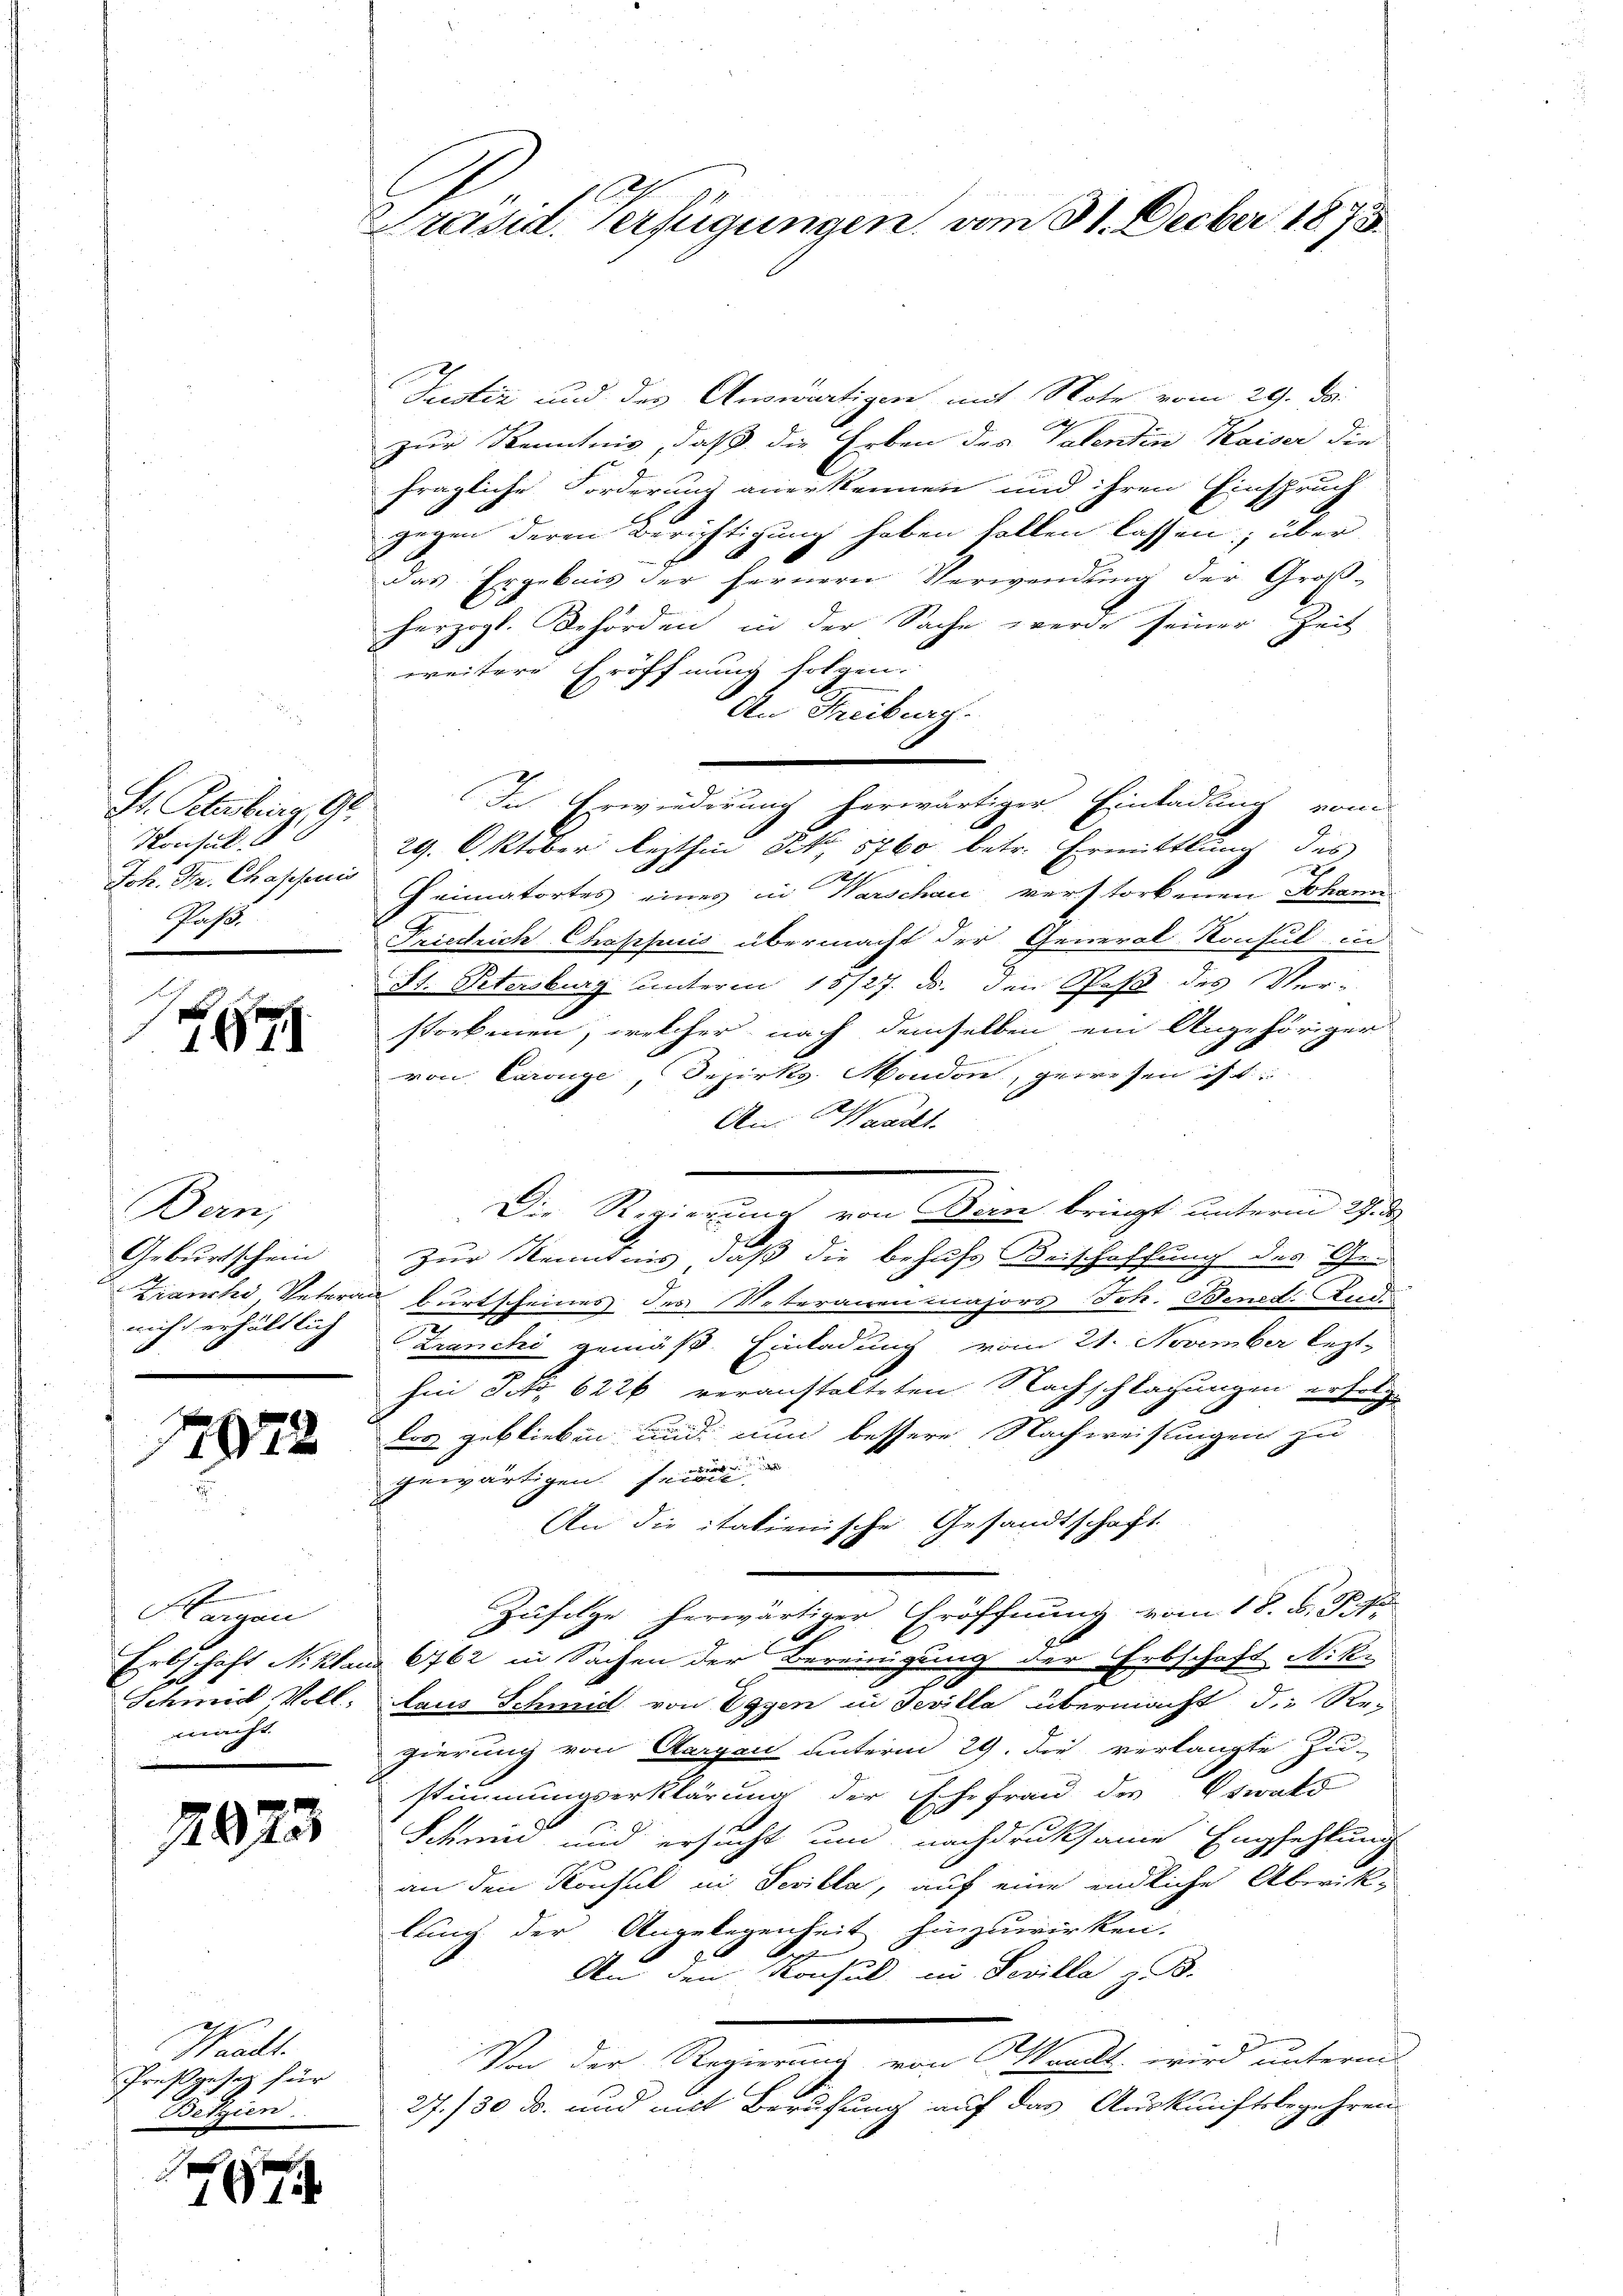
Dr. Klasburg, G.
Konsul
Joh. Hr. Chahfuis
Paß.

8

Bern,
Geburtschein
Franche Untera
wicht erhältlich

1822

Klangen
J
Schmidt Voll
macht.

2873

Waadt.
Preßgesetz für
Belgien

.

Präsid. Verfügungen, vom 31. Decber 1875

Justiz und des Anwärtigen mit Note vom 29. d.
zur Kenntnis, daß die Erben des Valentin Kaiser die
fragliche Forderung anerkennen und ihren Einspruch
gegen deren Berichtigung haben sollen lassen; über
das Ergebnis der fernern Verwendung der Groß-
herzogl. Behörden in der Sache werde seiner Zeit
weitere Eröffnung folgen.
An Freiburg.
In Erwiederung herwärtiger Einladung vom
t
29. Oktober lezthin N. 5760 betr. Ermittlung des
Heimatortes eines in Warschau verstorbenen Johann
Friedrich Capsuis übermacht der General Konsul in
St. Petersburg unterm 15/27. ds. den Paß des Ver-
storbenen, welcher nach demselben ein Angehöriger
von Carouge, Bezirks Mondon, gewesen ist.
An: Waadt
Die Regierung von Deinen bringt unterm 19.
Zur Kenntnis, daß die behufs Beischaffung des Ge-
burtscheines des Veterarrenmajors Joh. Bened. And
.
Zranchi gemäß Einladung vom 21. November lezthin S. 6226 veranstalteten Nachschlagungen erfolgder geblieben und nun bessere Nachweisungen zu
gewärtigen seine
An die italienische Gesandtschaft
Zufolge herwärtiger Eröffnung vom 18. B. P. 1
Erbschaft N. kland 6762 in Sachen der Bereinigung der Erbschaft Nik.
laus Schmidt von Eggen in Tevilla übermacht die Regierung von Aargau unterm 29. die verlangte Zu-
stimmungserklärung der Ehefrau des Oswald
Schen und ersucht um nachdruksame Empfehlung
an den Konsul in Sevilla, auf eine endliche Abwik-
lung der Angelegenheit hinzuwirken.
e
An den Konsul in Sevilla z. B.
Von der Regierung von Waadt wird unterm
27./30. ds. und mit Berufung auf das Auskunftsbegehren